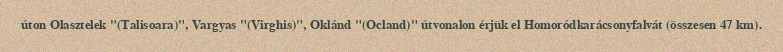
úton Olasztelek "(Talisoara)", Vargyas "(Virghis)", Oklánd "(Ocland)" útvonalon érjük el Homoródkarácsonyfalvát (összesen 47 km).